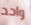
واحد